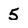
Character: 5